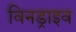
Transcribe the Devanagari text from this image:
विनड्राइव